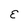
Character: E